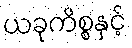
ယခုကိစ္စနှင့်